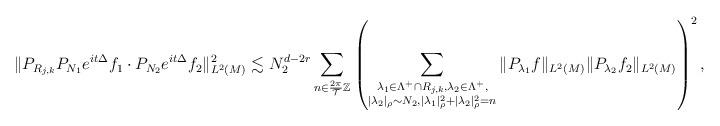
LaTeX: \begin{align*}\|P_{R_{j,k}}P_{N_1} e^{it\Delta} f_1 \cdot P_{N_2}e^{it\Delta}f_2\|_{L^2(M)}^2\lesssim N_2^{d-2r}\sum_{n\in\frac{2\pi}{\mathcal{T}}\mathbb{Z}}\left(\sum_{\substack{\lambda_1\in \Lambda^+\cap R_{j,k}, \lambda_2\in \Lambda^+, \\ |\lambda_2|_\rho\sim N_2, |\lambda_1|^2_\rho+|\lambda_2|_\rho^2=n} }\|P_{\lambda_1}f\|_{L^2(M)}\|P_{\lambda_2}f_2\|_{L^2(M)}\right)^2,\end{align*}